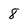
Character: 8